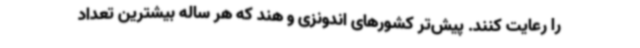
را رعایت کنند. پیش‌تر کشورهای اندونزی و هند که هر ساله بیشترین تعداد